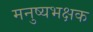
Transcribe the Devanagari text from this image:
मनुष्यभक्षक